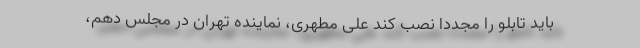
باید تابلو را مجدداً نصب کند علی مطهری، نماینده تهران در مجلس دهم،